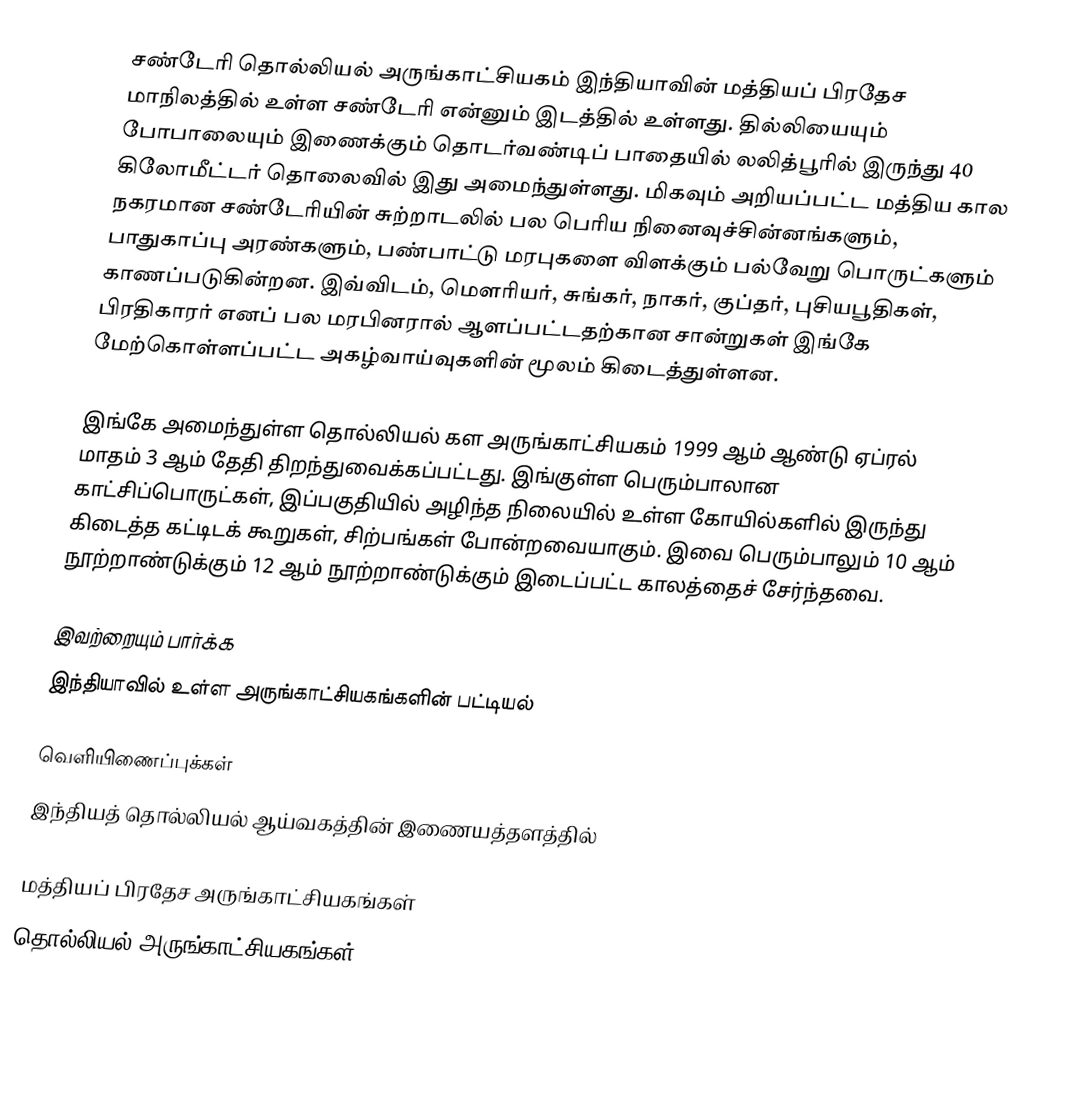
சண்டேரி தொல்லியல் அருங்காட்சியகம் இந்தியாவின் மத்தியப் பிரதேச மாநிலத்தில் உள்ள சண்டேரி என்னும் இடத்தில் உள்ளது. தில்லியையும் போபாலையும் இணைக்கும் தொடர்வண்டிப் பாதையில் லலித்பூரில் இருந்து 40 கிலோமீட்டர் தொலைவில் இது அமைந்துள்ளது. மிகவும் அறியப்பட்ட மத்திய கால நகரமான சண்டேரியின் சுற்றாடலில் பல பெரிய நினைவுச்சின்னங்களும், பாதுகாப்பு அரண்களும், பண்பாட்டு மரபுகளை விளக்கும் பல்வேறு பொருட்களும் காணப்படுகின்றன. இவ்விடம், மௌரியர், சுங்கர், நாகர், குப்தர், புசியபூதிகள், பிரதிகாரர் எனப் பல மரபினரால் ஆளப்பட்டதற்கான சான்றுகள் இங்கே மேற்கொள்ளப்பட்ட அகழ்வாய்வுகளின் மூலம் கிடைத்துள்ளன.

இங்கே அமைந்துள்ள தொல்லியல் கள அருங்காட்சியகம் 1999 ஆம் ஆண்டு ஏப்ரல் மாதம் 3 ஆம் தேதி திறந்துவைக்கப்பட்டது. இங்குள்ள பெரும்பாலான காட்சிப்பொருட்கள், இப்பகுதியில் அழிந்த நிலையில் உள்ள கோயில்களில் இருந்து கிடைத்த கட்டிடக் கூறுகள், சிற்பங்கள் போன்றவையாகும். இவை பெரும்பாலும் 10 ஆம் நூற்றாண்டுக்கும் 12 ஆம் நூற்றாண்டுக்கும் இடைப்பட்ட காலத்தைச் சேர்ந்தவை.

இவற்றையும் பார்க்க
 இந்தியாவில் உள்ள அருங்காட்சியகங்களின் பட்டியல்

வெளியிணைப்புக்கள்
 இந்தியத் தொல்லியல் ஆய்வகத்தின் இணையத்தளத்தில்

மத்தியப் பிரதேச அருங்காட்சியகங்கள்
தொல்லியல் அருங்காட்சியகங்கள்